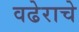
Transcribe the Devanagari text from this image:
वढेराचे